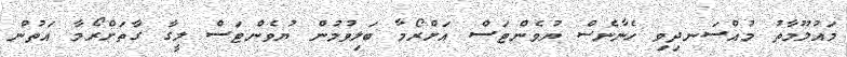
މައުލޫމާތު މުއްސަނދިވި ހެނާނެސް ޔުވެންޓަސް އަށްރޯމާ ބަލިވުމުން ޔުވެންޓަސް ލީގާ ގާތަށްރޯމާ އަތުން